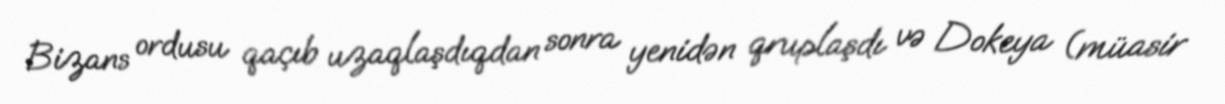
Bizans ordusu qaçıb uzaqlaşdıqdan sonra yenidən qruplaşdı və Dokeya (müasir